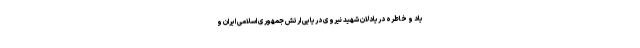
یاد و خاطره دریادلان شهید نیروی دریایی ارتش جمهوری اسلامی ایران و